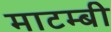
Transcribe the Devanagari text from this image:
माटम्बी